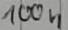
Text: 100n